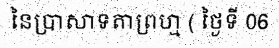
នៃប្រាសាទតាព្រហ្ម ( ថ្ងៃទី 06